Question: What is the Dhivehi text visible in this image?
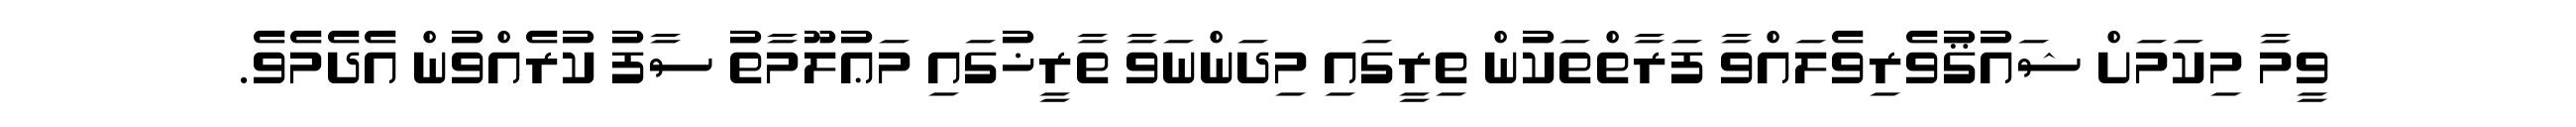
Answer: ވީމާ މިކަމަށް ޝައުޤުވެރިވެލައްވާ ފަރާތްތަކުން ތިރީގައި މިދަންނަވާ ތާރީޚުގައި މަޢުލޫމާތު ސާފު ކުރެއްވުން އެދެމެވެ.